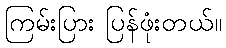
ကြမ်းပြား ပြန်ဖုံးတယ်။